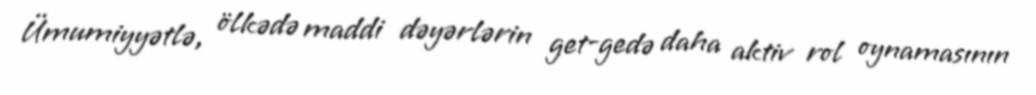
Ümumiyyətlə, ölkədə maddi dəyərlərin get-gedə daha aktiv rol oynamasının